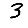
Digit: 3